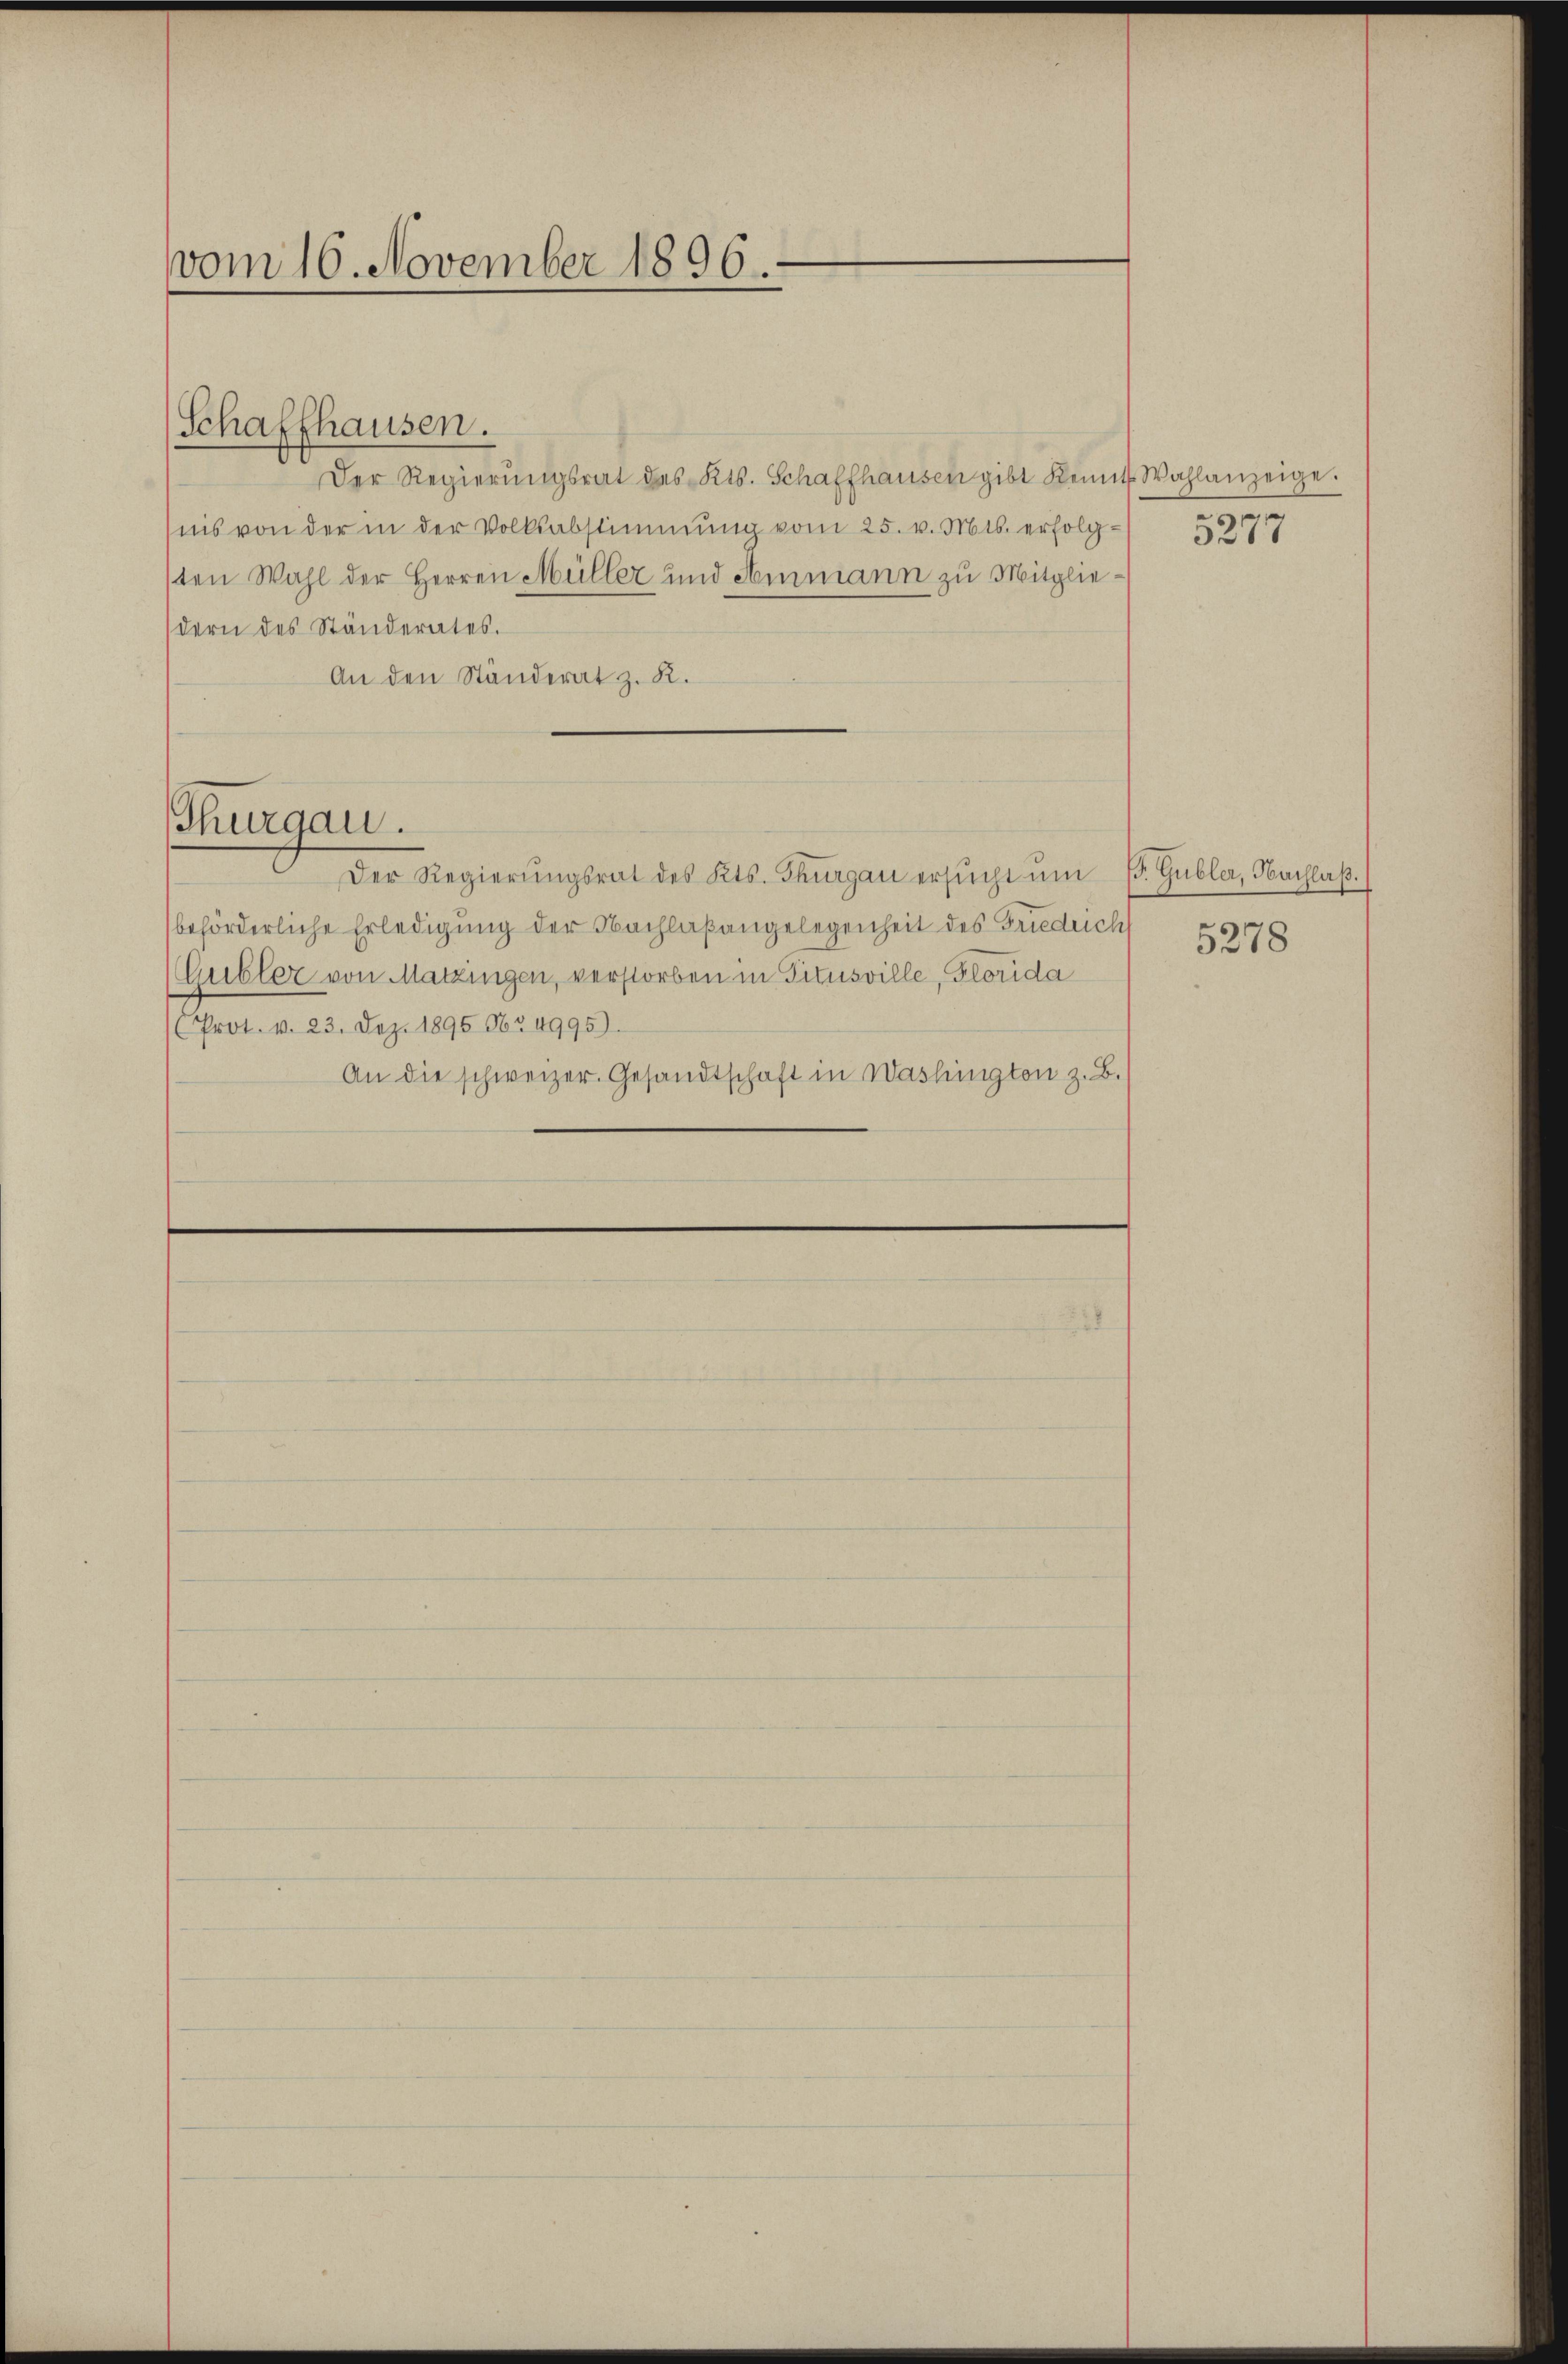
vom 16. November 1896.

Schaffhausen.

Der Regierŭngsrat des Kts. Schaffhausen gibt Kennt. Wahlanzeige.
nis von der in der Volksabstimmung vom 25. v. Mts. erfolg-
sten Wahl der Herren Müller und Ammann zu Mitgliedern des Ständerates.
An den Ständerat z. R.

Thurgau.

Der Regierŭngsrat des Kts. Thurgau ersŭcht ŭm E. Gubler, Nachlaβ.
behörderliche Erledigung der Nachlaßangelegenheit des Friedrich
Gubler von Matzingen, verstorben in Titusville, Glorida
Prot. v. 23. Dez. 1895 9634995).
An die schweizer. Gesandtschaft in Washington z. B.

5277

5278